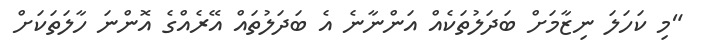
"މި ކަހަލަ ނިޒާމަށް ބަދަލުތަކެއް އަންނާނެ އެ ބަދަލުތައް އޭރެއްގެ އޮންނަ ހާލަތަކަށް